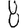
Digit: 8